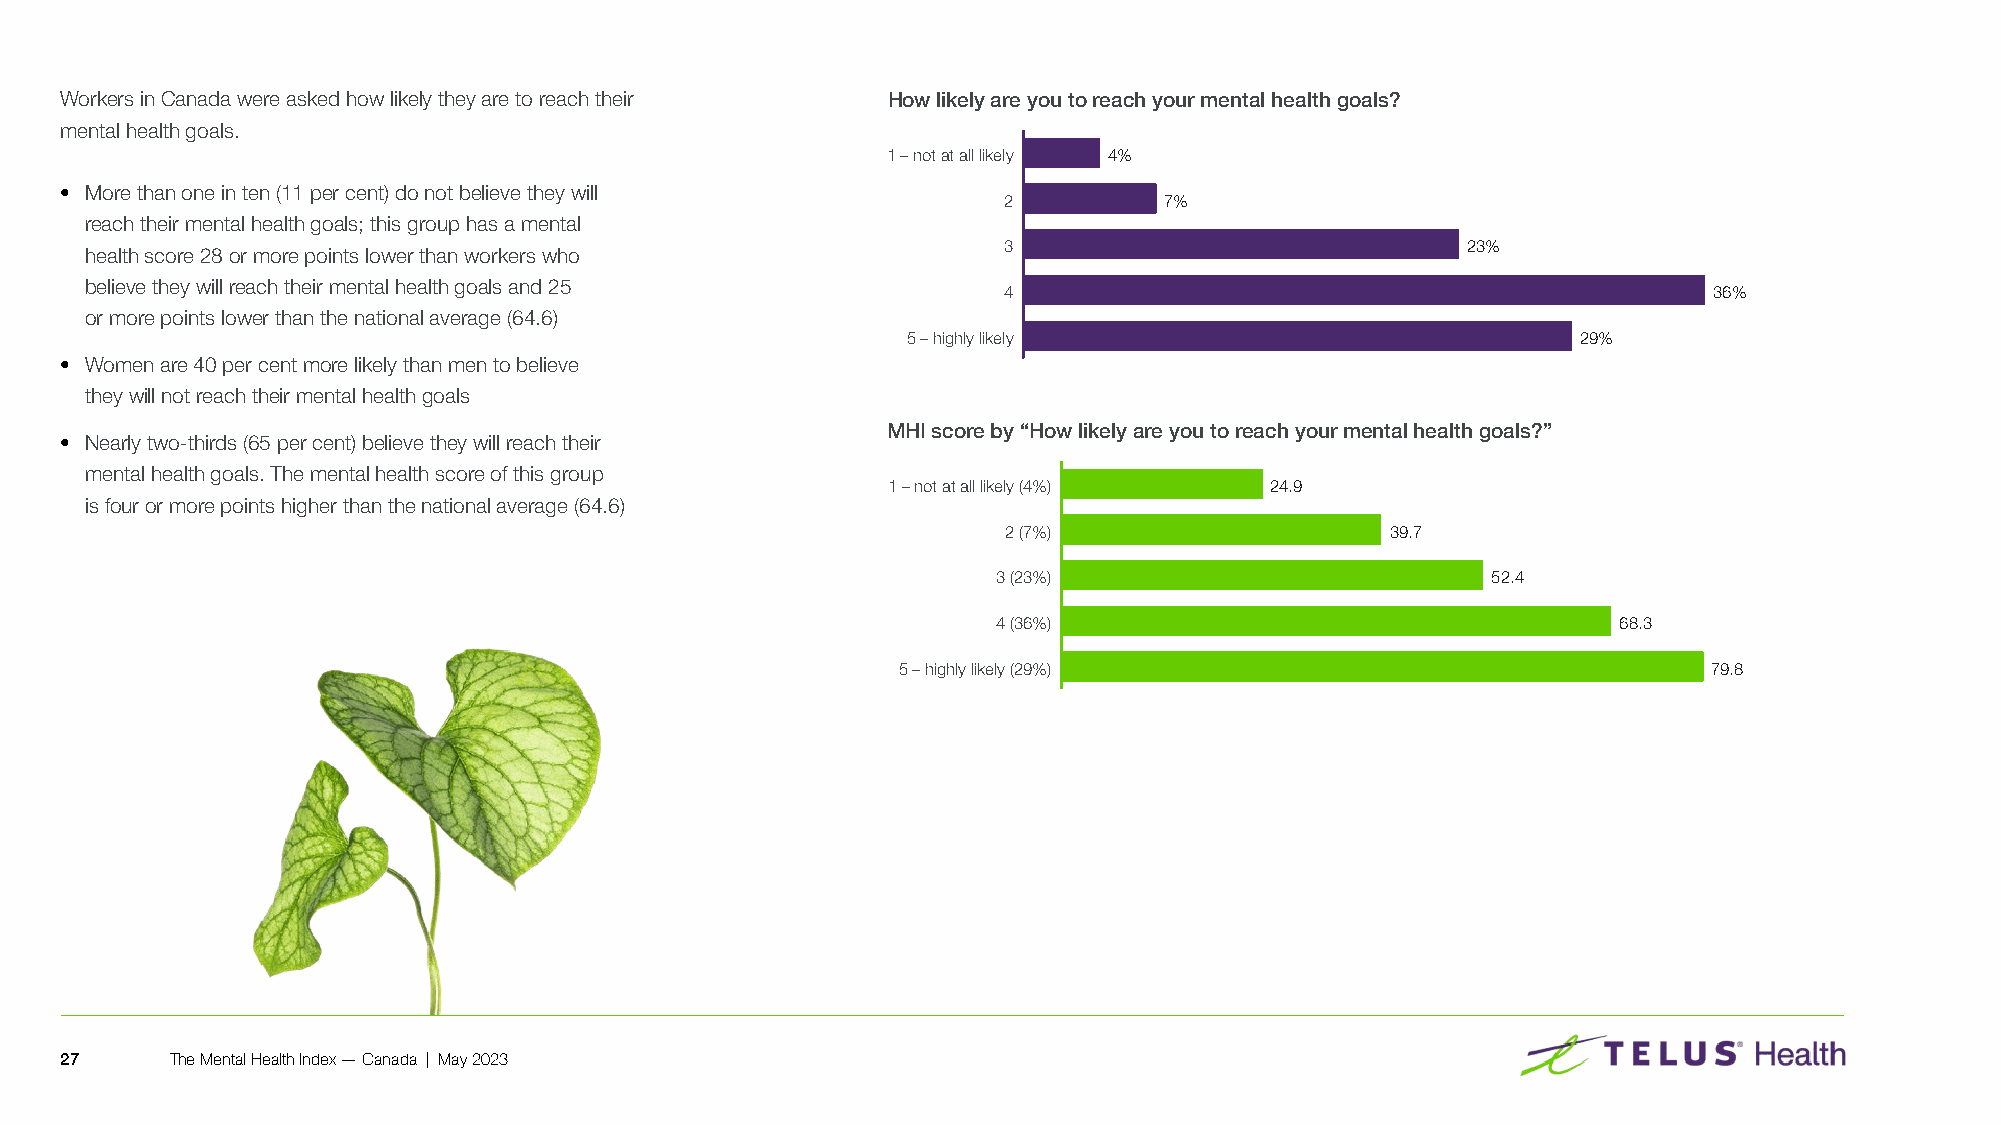
Workers in Canada were asked how likely they are to reach their How likely are you to reach your mental health goals?
 mental health goals�
 1 – not at all likely 4%
 • More than one in ten (11 per cent) do not believe they will
 2          7%
 reach their mental health goals; this group has a mental
 3                              23%
 health score 28 or more points lower than workers who
 believe they will reach their mental health goals and 25
 4                                              36%
 or more points lower than the national average (64�6)
 5 – highly likely                            29%
 • Women are 40 per cent more likely than men to believe
 they will not reach their mental health goals
 MHI score by “How likely are you to reach your mental health goals?”
 • Nearly two-thirds (65 per cent) believe they will reach their
 mental health goals� The mental health score of this group
 1 – not at all likely (4%) 24.9
 is four or more points higher than the national average (64�6)
 2 (7%)                   39.7
 3 (23%)                          52.4
 4 (36%)                                  68.3
 5 – highly likely (29%)                               79.8
 27     The Mental Health Index — Canada | May 2023